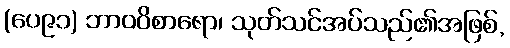
(ပေ၉၁) ဘာဝဝိစာရော၊ သုတ်သင်အပ်သည်၏အဖြစ်,